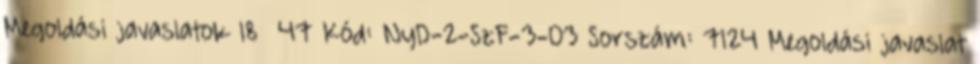
Megoldási javaslatok 18 47 Kód: NyD-2-SzF-3-03 Sorszám: 7124 Megoldási javaslat